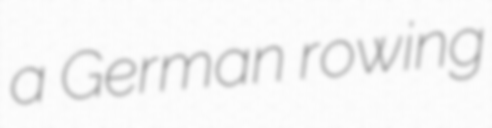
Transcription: a German rowing